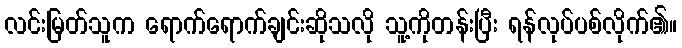
လင်းမြတ်သူက ရောက်ရောက်ချင်းဆိုသလို သူ့ကိုတန်းပြီး ရန်လုပ်ပစ်လိုက်၏။